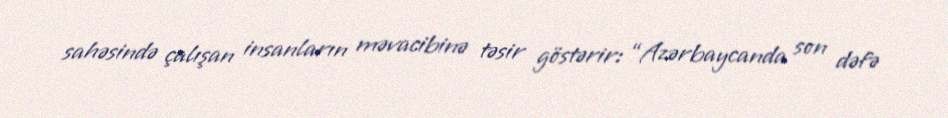
sahəsində çalışan insanların məvacibinə təsir göstərir: “Azərbaycanda son dəfə